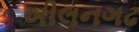
ખીલનગઢ